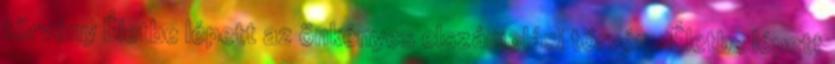
törvény Életbe lépett az önkényes elszámolási törvény Életbe lépett